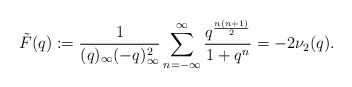
\begin{align*} \tilde{F}(q):= \frac{1}{(q)_{\infty} (-q)_{\infty}^2} \sum_{n=-\infty}^{\infty} \frac{q^{\frac{n(n+1)}{2}}}{1+q^n} = -2\nu_{2}(q).\end{align*}